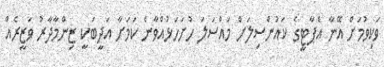
ވަކިވުމަށް އޭނާ އެޕާޓީގެ ކައުންސިލަށް މައްސަލަ ހުށަހަޅުއްވާނެ ކަމަށާ އަދީބަކީ ޒިންމާދާރު ވަޒީރެއް